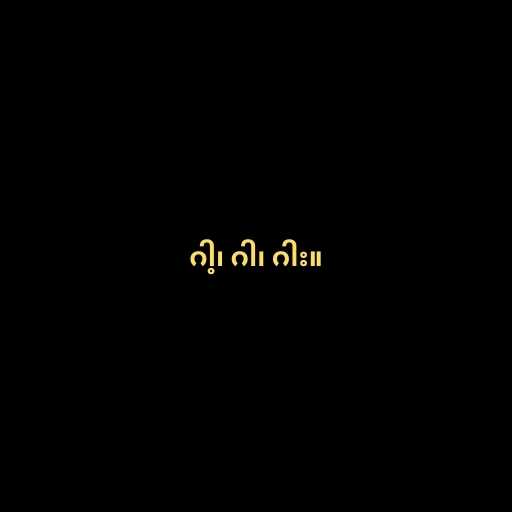
ဂါ့၊ ဂါ၊ ဂါး။